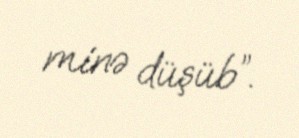
minə düşüb”.